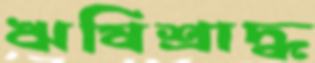
ঋষিশ্রাদ্ধ